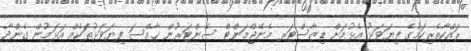
ރައްކާތެރިކަމުގެ ފިޔަވަޅު އެޅުމަށް ޑިޒާސްޓަރ މެނޭޖްމަންޓް ސެންޓަރުން ޚާއްސަ ފިޔަވަޅުތަކެއް އަޅަމުން ގެންދާ